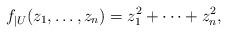
LaTeX: \begin{align*} f_{\vert U} (z_1, \dots, z_n) = z_1^2 + \dotsb + z_n^2,\end{align*}